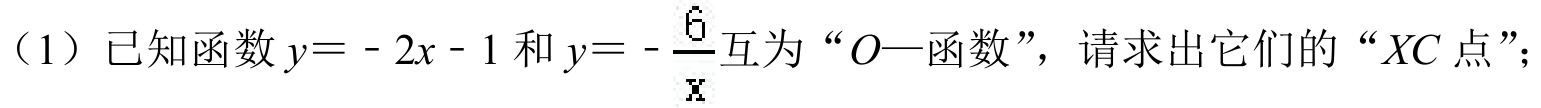
（1）已知函数\(y=-2x - 1\)和\(y =-\frac{6}{x}\)互为“\(O—\)函数”，请求出它们的“\(XC\)点”；